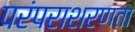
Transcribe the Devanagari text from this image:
परंपराशरणता